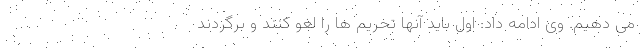
می دهیم. وی ادامه داد: اول باید آنها تحریم ها را لغو کنند و برگردند